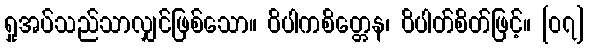
ရှုအပ်သည်သာလျှင်ဖြစ်သော။ ဝိပါကစိတ္တေန၊ ဝိပါတ်စိတ်ဖြင့်။ [၀၇]